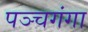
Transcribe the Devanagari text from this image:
पञ्चगंगा